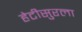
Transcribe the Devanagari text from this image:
हेटीसुरला